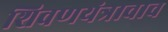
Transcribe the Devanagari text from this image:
शिवणयंत्राचाच